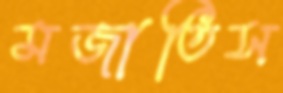
মজাতিস